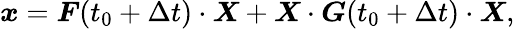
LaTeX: \boldsymbol{x}=\boldsymbol{F}(t_{0}+\Delta t)\cdot\boldsymbol{X}+\boldsymbol{X}\cdot\boldsymbol{G}(t_{0}+\Delta t)\cdot\boldsymbol{X},